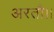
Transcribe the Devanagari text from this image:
अरतौ।।